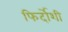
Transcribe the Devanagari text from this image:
फिर्दोशी